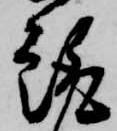
趣